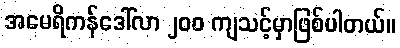
အမေရိကန်ဒေါ်လာ ၂၀၀ ကျသင့်မှာဖြစ်ပါတယ်။